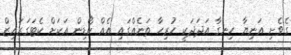
ގެވެށި އަނިޔާ ހިނގާ އަދަދަކީ ހުރިހާ ތަނެއްގައި އެއް ކޯޑިން އަކަށް ކެޓަގަރައިޒް